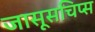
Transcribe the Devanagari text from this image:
जासूसचिप्स